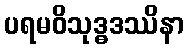
ပရမဝိသုဒ္ဓဒဿိနာ